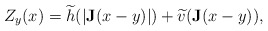
\begin{align*}Z_y(x)=\widetilde h(|{\bf J}(x-y)|)+\widetilde v({\bf J}(x-y)),\end{align*}